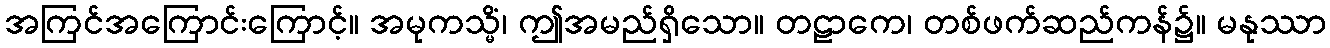
အကြင်အကြောင်းကြောင့်။ အမုကသ္မိံ၊ ဤအမည်ရှိသော။ တဠာကေ၊ တစ်ဖက်ဆည်ကန်၌။ မနုဿာ